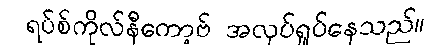
ရပ်စ်ကိုလ်နီကော့ဗ် အလုပ်ရှုပ်နေသည်။